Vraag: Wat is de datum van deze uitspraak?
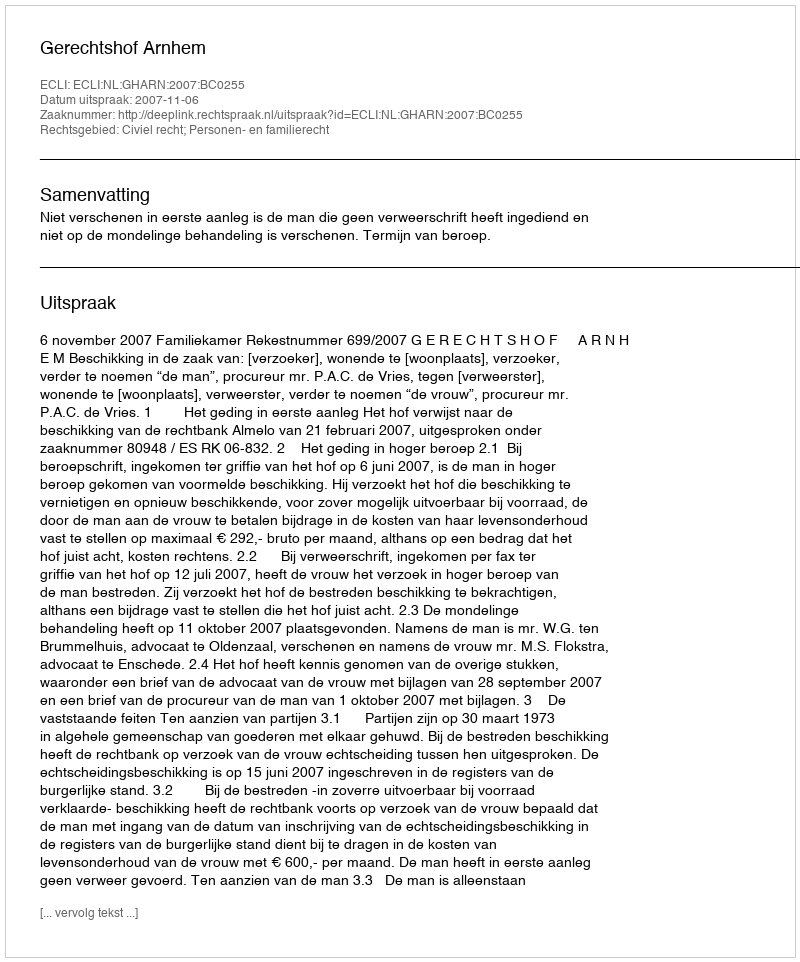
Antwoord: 2007-11-06